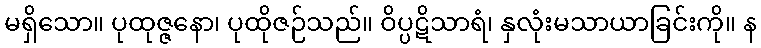
မရှိသော။ ပုထုဇ္ဇနော၊ ပုထိုဇဉ်သည်။ ဝိပ္ပဋိသာရံ၊ နှလုံးမသာယာခြင်းကို။ န